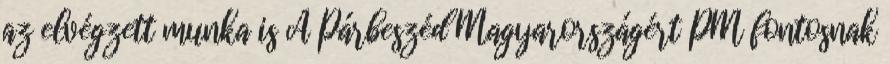
az elvégzett munka is A Párbeszéd Magyarországért PM fontosnak